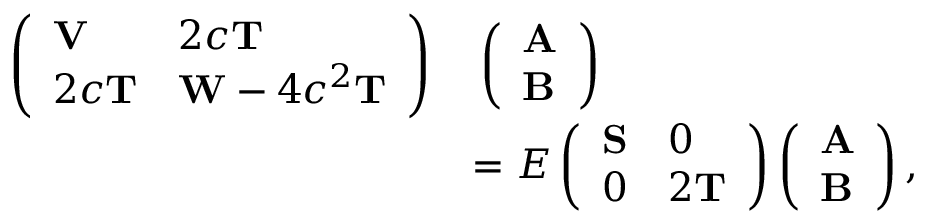
\begin{array} { r l } { \left( \begin{array} { l l } { \mathbf { V } } & { 2 c \mathbf { T } } \\ { 2 c \mathbf { T } } & { \mathbf { W } - 4 c ^ { 2 } \mathbf { T } } \end{array} \right) } & { \, \left( \begin{array} { l } { \mathbf { A } } \\ { \mathbf { B } } \end{array} \right) } \\ & { = E \left( \begin{array} { l l } { \mathbf { S } } & { 0 } \\ { 0 } & { 2 \mathbf { T } } \end{array} \right) \left( \begin{array} { l } { \mathbf { A } } \\ { \mathbf { B } } \end{array} \right) , } \end{array}